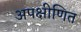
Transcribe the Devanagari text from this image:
अपक्षीणित